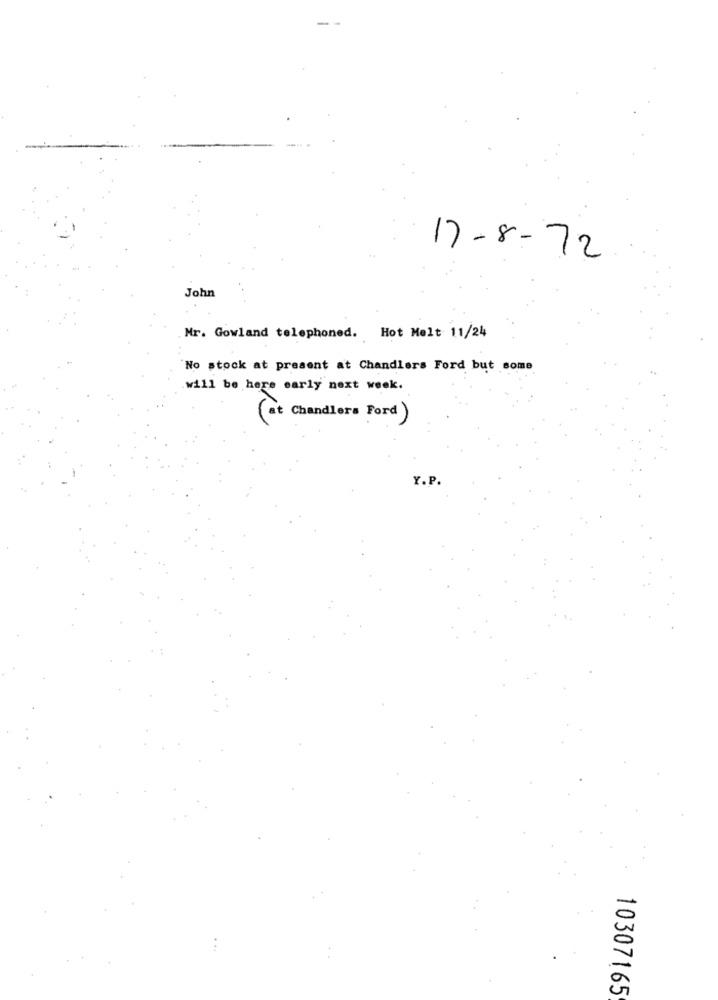
17-8-72
John
Mr. Gowland telephoned. Hot Melt 11/24
No stock at present at Chandlers Ford but some
will be here early next week.
(at Chandlers Ford )
Y.P.
. . 4
10307165